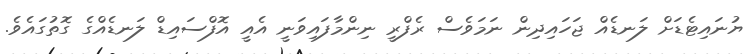
ޔުނައިޓެޑަށް ލަނޑެއް ޖަހައިދިން ނަމަވެސް ރެފްރީ ނިންމާފައިވަނީ އެއީ އޮފްސައިޑް ލަނޑެއްގެ ގޮތުގައެވެ.